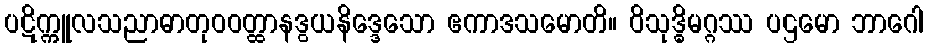
ပဋိက္ကူလသညာဓာတုဝဝတ္ထာနဒွယနိဒ္ဒေသော ဧကာဒသမောတိ။ ဝိသုဒ္ဓိမဂ္ဂဿ ပဌမော ဘာဂေါ